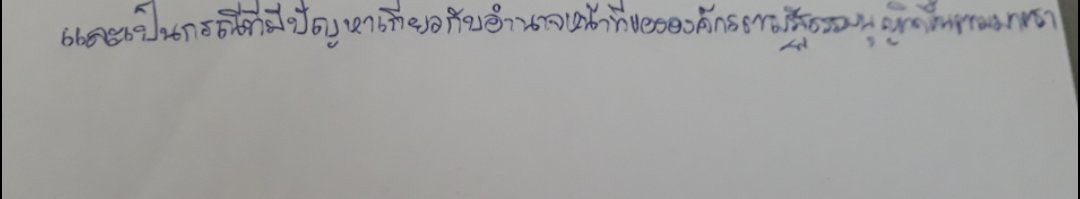
และเป็นกรณีที่มีปัญหาเกี่ยวกับอำนาจหน้าที่ขององค์กรตามรัฐธรรมนูญเกิดขึ้นตามมาตรา